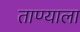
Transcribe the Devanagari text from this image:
ताण्याला